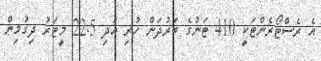
އެ ރެސްޓޯރެންޓަކީ 410 ޓަނުގެ ބަރުދަން ހުރި އަދި 22.5 މީޓަރު ދިގުމިން